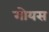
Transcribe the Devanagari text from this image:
गोयस